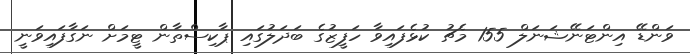
ވަންޑޭ އިންޓަނޭޝަނަލް 155 މެޗު ކުޅެފައިވާ ހަފީޒުގެ ބަދަލުގައި ޕާކިސްތާން ޓީމަށް ނަގާފައިވަނީ